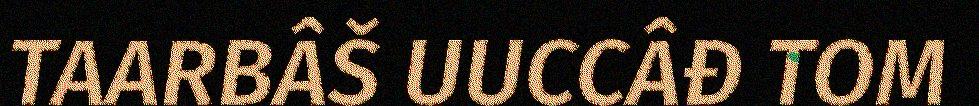
TAARBÂŠ UUCCÂĐ TOM